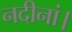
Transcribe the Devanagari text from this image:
नदीनां।